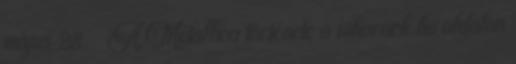
május 28. ↑ A Metallica története a viharock.hu oldalon